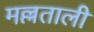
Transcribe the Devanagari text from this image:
मल्लताली